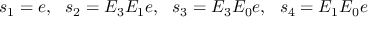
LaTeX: s _ { 1 } = e , \ \ s _ { 2 } = E _ { 3 } E _ { 1 } e , \ \ s _ { 3 } = E _ { 3 } E _ { 0 } e , \ \ s _ { 4 } = E _ { 1 } E _ { 0 } e